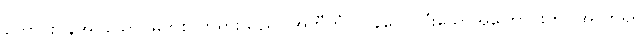
တောင်းပန်အပ်သော မြတ်စွာဘုရားသည်။ အတီတံ၊ လွန်လေ ပြီးသောအကြောင်းကို။ အာဟရိ၊